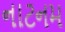
નાટનમ